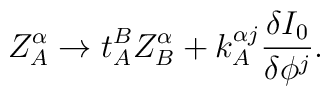
Z^\alpha_A \rightarrow t^B_A Z^\alpha_B + k^{\alpha j}_A\frac{\delta I_0} {\delta \phi^j}.